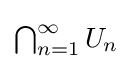
{\textstyle \bigcap _{n=1}^{\infty }U_{n}}